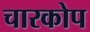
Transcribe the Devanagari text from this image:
चारकोप